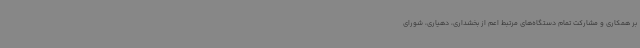
بر همکاری و مشارکت تمام دستگاه‌های مرتبط اعم از بخشداری، دهیاری، شورای